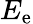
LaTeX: E_{\mathrm{e}}